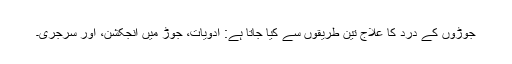
جوڑوں کے درد کا علاج تین طریقوں سے کیا جاتا ہے: ادویات، جوڑ میں انجکشن، اور سرجری۔